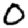
Digit: 0